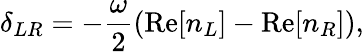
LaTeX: \delta_{LR}=-\frac{\omega}{2}\left(\mathrm{Re}[n_{L}]-\mathrm{Re}[n_{R}]\right),